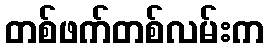
တစ်ဖက်တစ်လမ်းက